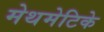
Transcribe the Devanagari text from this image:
मेथमेटिके